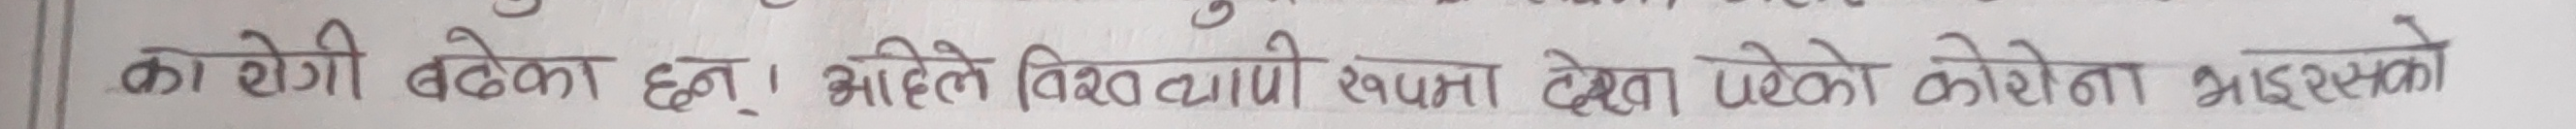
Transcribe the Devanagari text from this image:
का रोगी बढेका छन् । अहिले विद्यार्थीहरुमा देखा परेको कोरोना भाइरसको